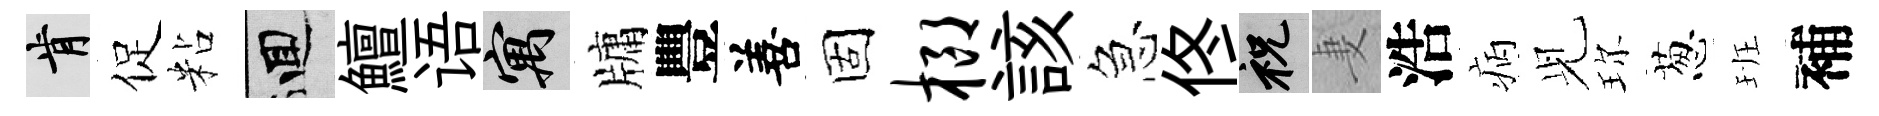
肯促粘回鱣语寓牗豐善固榔該急佟祝妻浩病𫤗珎葱班補